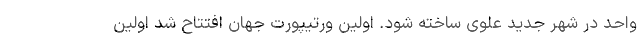
واحد در شهر جدید علوی ساخته شود. اولین ورتیپورت جهان افتتاح شد اولین